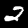
Digit: 2